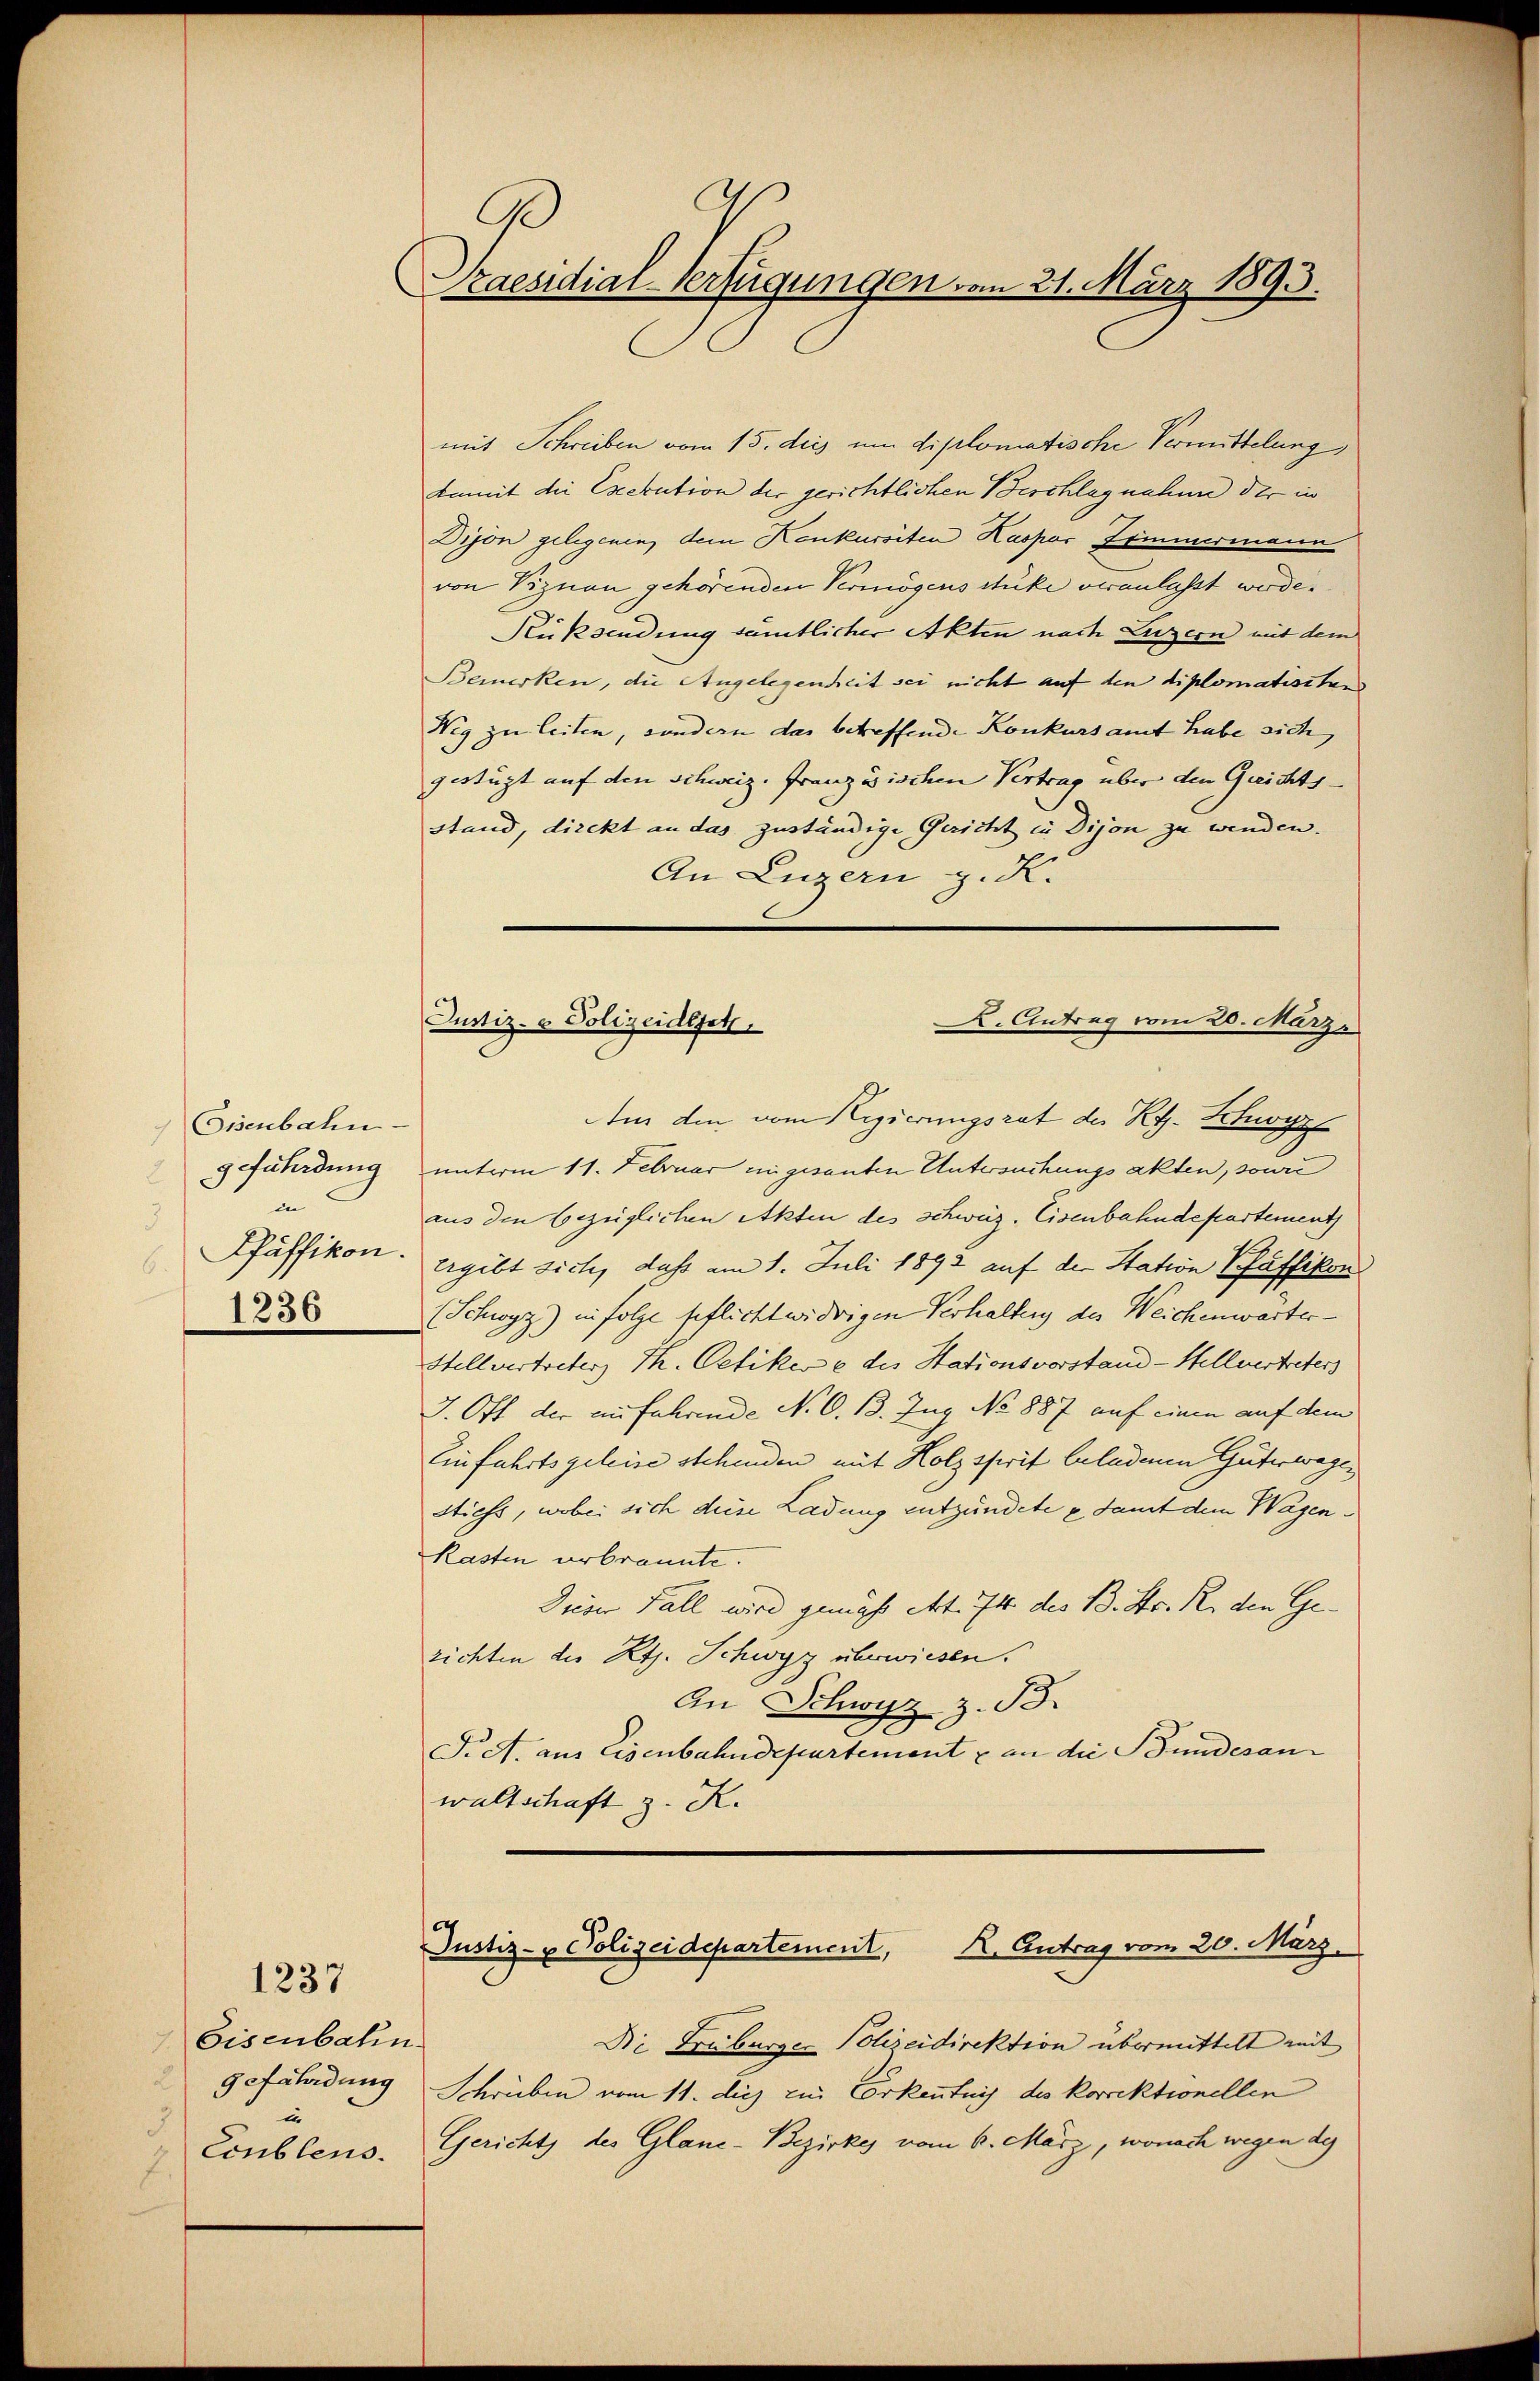
Eisenbahn
g fährdung
in
3
Pfäffikon.
.

1236

1237

Eisenbahn.
gefährdung
te
.
Coublens.

9
Praesidial-Verfügungen vom 21. März 1893.

mit Schreiben vom 15. dies um diplomatische Vermittelung,
damit die Exekution der gerichtlichen Beschlag nahme der in
Dijon gelegenen, dem Konkursiten Kaspor Zimmermann
von Viznau gehörenden Vermögens Stuke veranlasst werde.
Rücksendung sämtlicher Akten nach Luzern mit dem
Bemerken, die Angelegenheit sei nicht auf den diplomatischend
Weg zu leiten, sondern das betreffende Konkurs amt habe sich,
gestüzt auf den schweiz. Französischen Vertrag über den Gerichts-
stand, direkt an das zuständige Gericht in Dijon zu wenden.
An Luzern z. K.
Am den vom Regierungsrat des Kt. Schwyz
unterm 11. Februar eingesanten Untersuchungsakten, sowie
aus den bezüglichen Akten des schweiz. Eisenbahndepartement
Ergibt sich, daß am 1. Juli 1892 auf der Station Pfäffikon
(Schwyz) in Folge geflicht widrigen Verhaltung der Weichenwarter¬
Stellvertreter, Th. Oetiker e des Stationsvorstand - Hellvertreters
J. Oft der anführende No. 6. 13. Zug No 887 auf einen auf dem
Einfahrtsgeleise stehenden mit Holz sperit beladenen Güterwagen
stiess, wobei sich diese Ladung entzündete & damit dem Wagen¬
Kasten verbrannte.
Deser Fall wird gemäß Art. 74 des B. Str. R. den Gerichten des Kts. Schwyz überwiesen.
An Schwyz z. B.
F. A. aus Eisenbahndepartement & an die Bundesan
waltschaft z. R.

K. Antrag vom 20. Märze
Justiz- & Polizeidiget,

Justiz- & Polizeidepartement, K. Antrag vom 20. März.

Die Truburger Polizeidirektion übermittelt mit
Schrieben vom 11. des ein Erkenntnis des korrektionellen
Gericht des Glane-Bezirkes vom 6. März, wonach wegen des